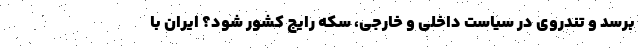
برسد و تندروی در سیاست داخلی و خارجی، سکه رایج کشور شود؟ ایران با